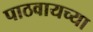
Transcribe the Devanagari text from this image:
पाठवायच्या